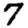
Digit: 7